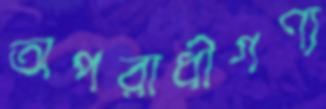
অপরাধীগণ্য